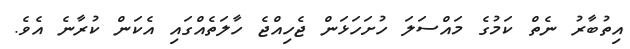
އިތުބާރު ނެތް ކަމުގެ މައްސަލަ ހުށަހަޅަން ޖެހިއްޖެ ހާލަތެއްގައި އެކަން ކުރާނެ އެވެ.